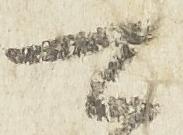
可